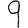
Digit: 9